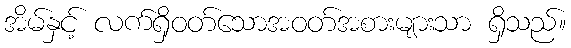
အိမ်နှင့် လက်ရှိဝတ်သောအဝတ်အစားများသာ ရှိသည်။